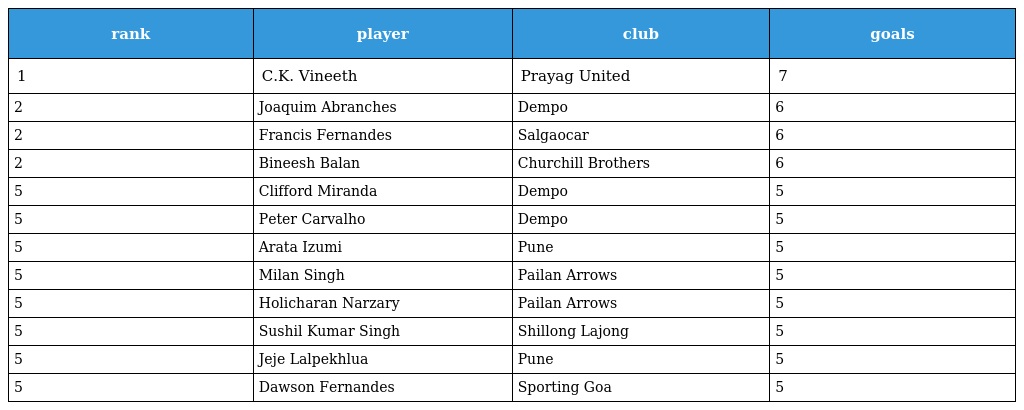
| rank | player | club | goals |
 | --- | --- | --- | --- |
 | 1 | C.K. Vineeth | Prayag United | 7 |
 | 2 | Joaquim Abranches | Dempo | 6 |
 | 2 | Francis Fernandes | Salgaocar | 6 |
 | 2 | Bineesh Balan | Churchill Brothers | 6 |
 | 5 | Clifford Miranda | Dempo | 5 |
 | 5 | Peter Carvalho | Dempo | 5 |
 | 5 | Arata Izumi | Pune | 5 |
 | 5 | Milan Singh | Pailan Arrows | 5 |
 | 5 | Holicharan Narzary | Pailan Arrows | 5 |
 | 5 | Sushil Kumar Singh | Shillong Lajong | 5 |
 | 5 | Jeje Lalpekhlua | Pune | 5 |
 | 5 | Dawson Fernandes | Sporting Goa | 5 |